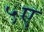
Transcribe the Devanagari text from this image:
५ए